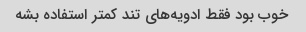
خوب بود فقط ادویه‌های تند کمتر استفاده بشه